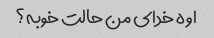
اوه خدای من حالت خوبه؟